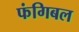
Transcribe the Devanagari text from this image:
फंगिबल